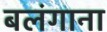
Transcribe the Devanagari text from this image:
बलंगाना